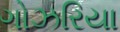
ગોઝરિયા